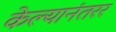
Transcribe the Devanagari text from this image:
केल्यानंतरर